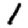
Digit: 1